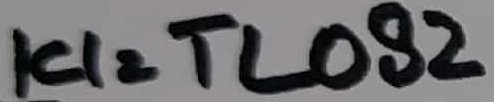
Text: IC1=TL082